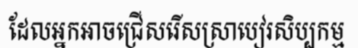
ដែលអ្នកអាចជ្រើសរើសស្រាបៀរសិប្បកម្ម